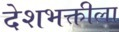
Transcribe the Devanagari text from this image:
देशभक्तीला